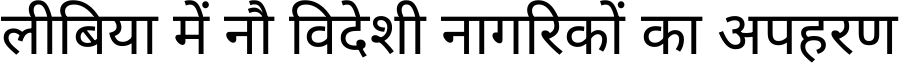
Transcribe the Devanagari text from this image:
लीबिया में नौ विदेशी नागरिकों का अपहरण